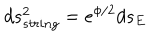
LaTeX: d s _ { s t r i n g } ^ { 2 } = e ^ { \phi / 2 } d s _ { E }